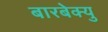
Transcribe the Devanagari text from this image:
बारबेक्यु